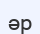
әр